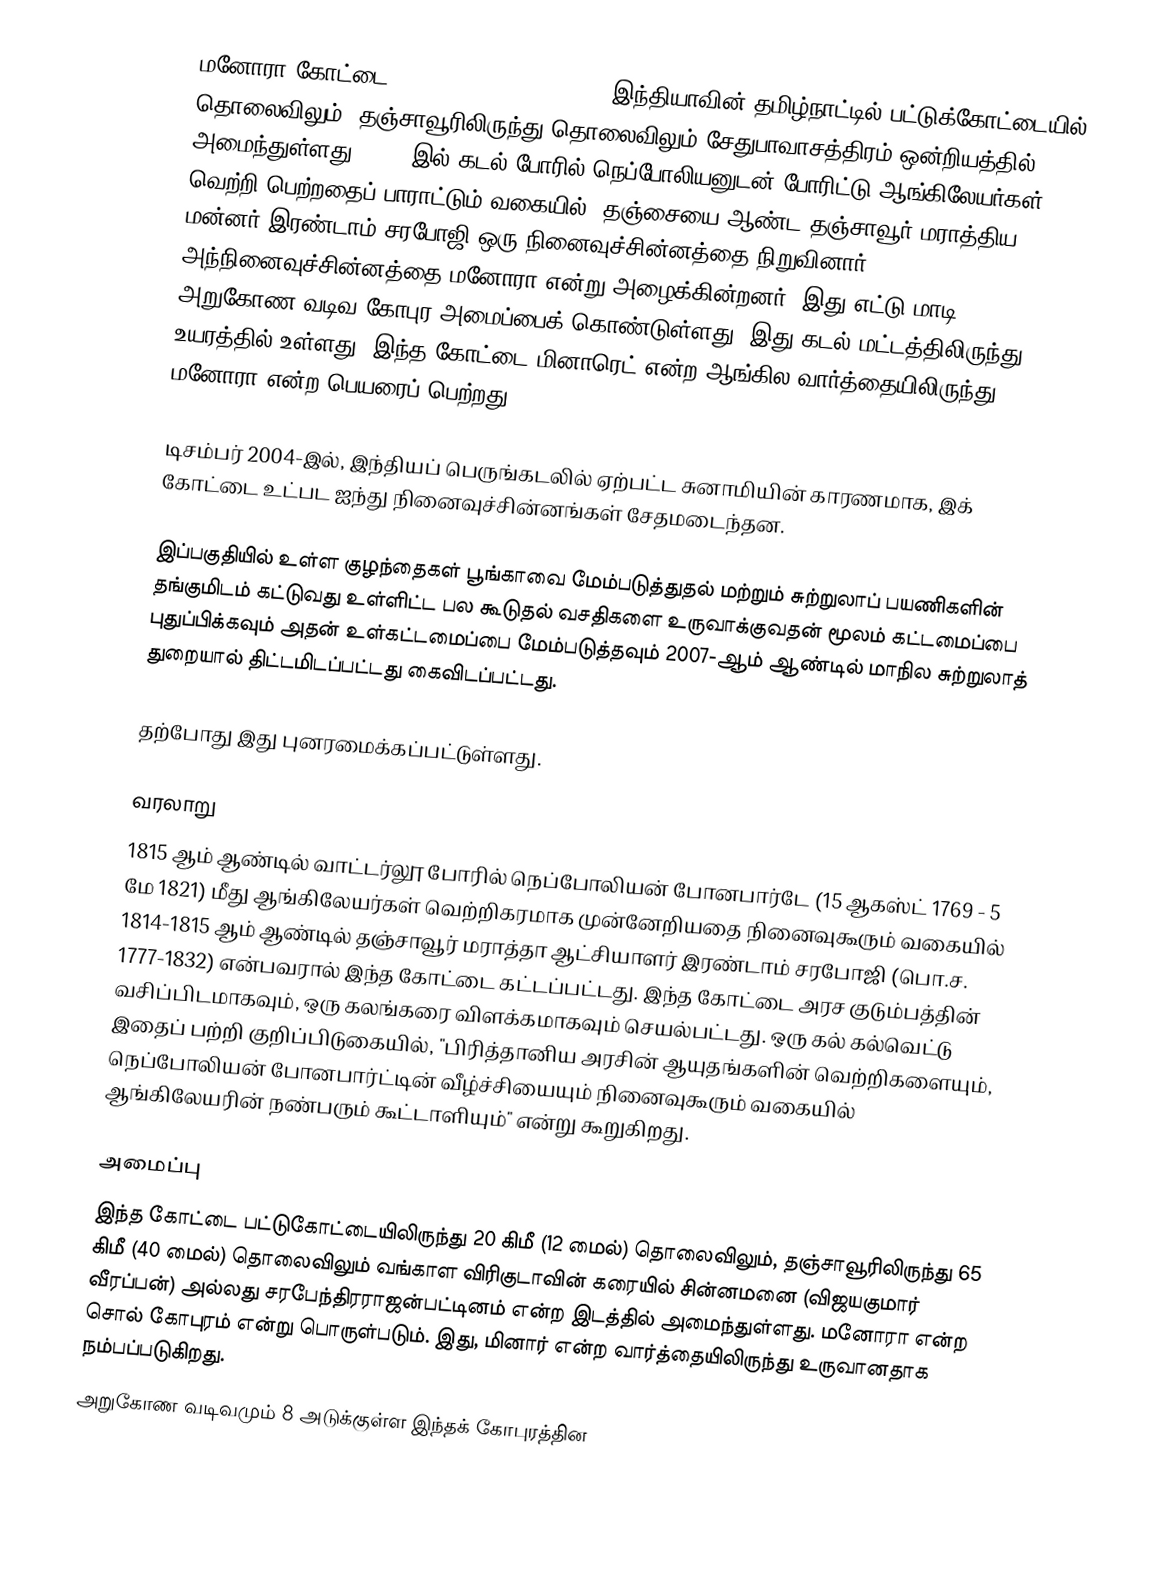
மனோரா கோட்டை (Manora Fort, Thanjavur) இந்தியாவின் தமிழ்நாட்டில் பட்டுக்கோட்டையில்  தொலைவிலும், தஞ்சாவூரிலிருந்து  தொலைவிலும் சேதுபாவாசத்திரம் ஒன்றியத்தில்  அமைந்துள்ளது. 1814-இல் கடல் போரில் நெப்போலியனுடன் போரிட்டு ஆங்கிலேயர்கள் வெற்றி பெற்றதைப் பாராட்டும் வகையில், தஞ்சையை ஆண்ட தஞ்சாவூர் மராத்திய மன்னர் இரண்டாம் சரபோஜி ஒரு நினைவுச்சின்னத்தை நிறுவினார். அந்நினைவுச்சின்னத்தை மனோரா என்று அழைக்கின்றனர். இது எட்டு மாடி, அறுகோண வடிவ கோபுர அமைப்பைக் கொண்டுள்ளது. இது கடல் மட்டத்திலிருந்து 23 உயரத்தில் உள்ளது. இந்த கோட்டை மினாரெட் என்ற ஆங்கில வார்த்தையிலிருந்து மனோரா என்ற பெயரைப் பெற்றது.

டிசம்பர் 2004-இல், இந்தியப் பெருங்கடலில் ஏற்பட்ட சுனாமியின் காரணமாக, இக் கோட்டை உட்பட ஐந்து நினைவுச்சின்னங்கள் சேதமடைந்தன.

இப்பகுதியில் உள்ள குழந்தைகள் பூங்காவை மேம்படுத்துதல் மற்றும் சுற்றுலாப் பயணிகளின் தங்குமிடம் கட்டுவது உள்ளிட்ட பல கூடுதல் வசதிகளை உருவாக்குவதன் மூலம் கட்டமைப்பை புதுப்பிக்கவும் அதன் உள்கட்டமைப்பை மேம்படுத்தவும் 2007-ஆம் ஆண்டில் மாநில சுற்றுலாத் துறையால் திட்டமிடப்பட்டது கைவிடப்பட்டது.

தற்போது இது புனரமைக்கப்பட்டுள்ளது.

வரலாறு
1815 ஆம் ஆண்டில் வாட்டர்லூ போரில் நெப்போலியன் போனபார்டே (15 ஆகஸ்ட் 1769 - 5 மே 1821) மீது ஆங்கிலேயர்கள் வெற்றிகரமாக முன்னேறியதை நினைவுகூரும் வகையில் 1814-1815 ஆம் ஆண்டில் தஞ்சாவூர் மராத்தா ஆட்சியாளர் இரண்டாம் சரபோஜி (பொ.ச. 1777-1832) என்பவரால் இந்த கோட்டை கட்டப்பட்டது.  இந்த கோட்டை அரச குடும்பத்தின் வசிப்பிடமாகவும், ஒரு கலங்கரை விளக்கமாகவும் செயல்பட்டது. ஒரு கல் கல்வெட்டு இதைப் பற்றி குறிப்பிடுகையில், "பிரித்தானிய அரசின் ஆயுதங்களின் வெற்றிகளையும், நெப்போலியன் போனபார்ட்டின் வீழ்ச்சியையும் நினைவுகூரும் வகையில் ஆங்கிலேயரின் நண்பரும் கூட்டாளியும்" என்று கூறுகிறது.

அமைப்பு
இந்த கோட்டை பட்டுகோட்டையிலிருந்து 20 கிமீ (12 மைல்) தொலைவிலும், தஞ்சாவூரிலிருந்து 65 கிமீ (40 மைல்) தொலைவிலும் வங்காள விரிகுடாவின் கரையில் சின்னமனை (விஜயகுமார் வீரப்பன்) அல்லது சரபேந்திரராஜன்பட்டினம் என்ற இடத்தில் அமைந்துள்ளது. மனோரா என்ற சொல் கோபுரம் என்று பொருள்படும். இது, மினார் என்ற வார்த்தையிலிருந்து உருவானதாக நம்பப்படுகிறது.
அறுகோண வடிவமும் 8 அடுக்குள்ள இந்தக் கோபுரத்தின